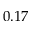
0 . 1 7